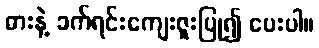
ဓားနဲ့ ခက်ရင်းကျေးဇူးပြု၍ ပေးပါ။